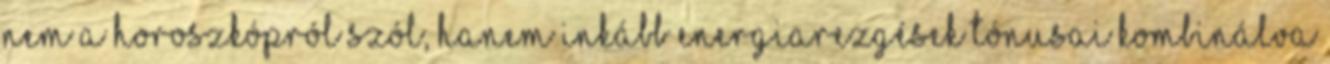
nem a horoszkópról szól, hanem inkább energiarezgések tónusai kombinálva